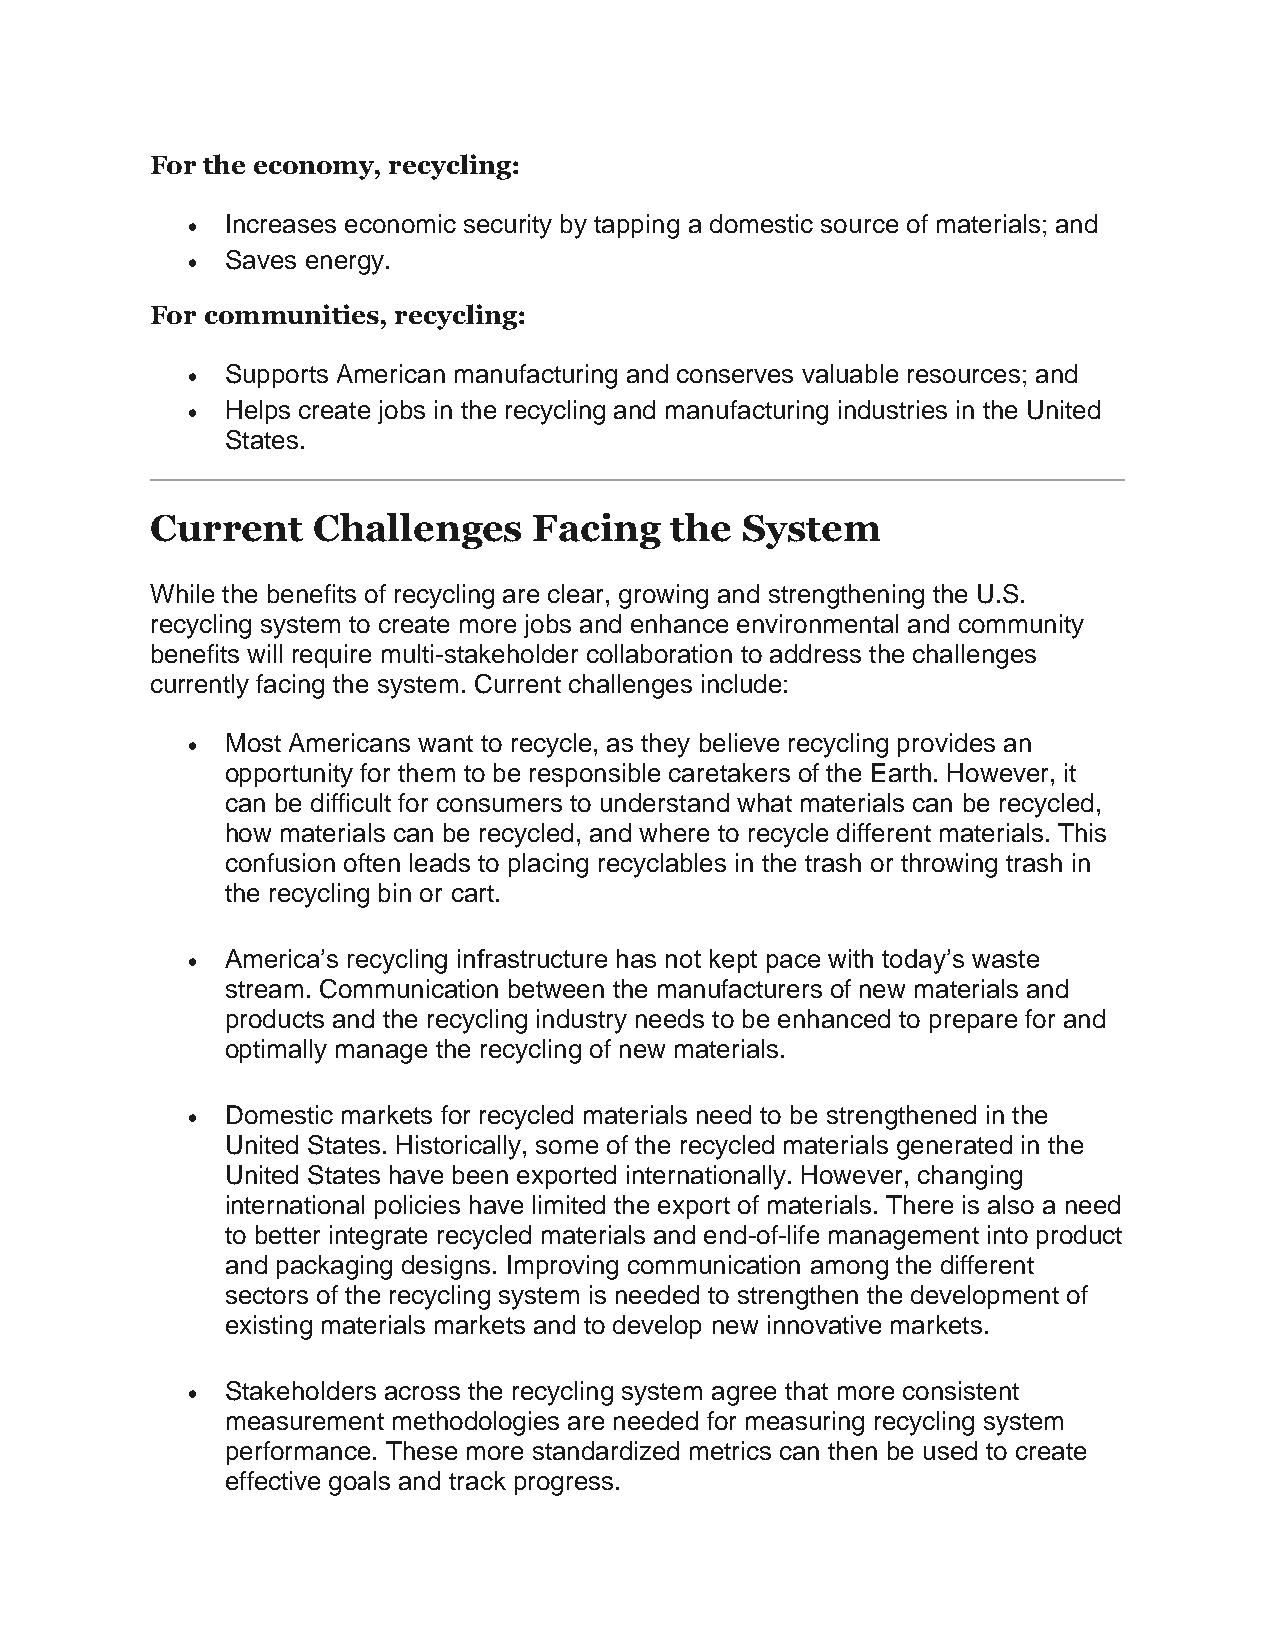
For the economy, recycling:
   Increases economic security by tapping a domestic source of materials; and
   Saves energy.
 For communities, recycling:
   Supports American manufacturing and conserves valuable resources; and
   Helps create jobs in the recycling and manufacturing industries in the United
 States.
 Current    Challenges    Facing   the  System
 While the benefits of recycling are clear, growing and strengthening the U.S.
 recycling system to create more jobs and enhance environmental and community
 benefits will require multi-stakeholder collaboration to address the challenges
 currently facing the system. Current challenges include:
   Most Americans want to recycle, as they believe recycling provides an
 opportunity for them to be responsible caretakers of the Earth. However, it
 can be difficult for consumers to understand what materials can be recycled,
 how materials can be recycled, and where to recycle different materials. This
 confusion often leads to placing recyclables in the trash or throwing trash in
 the recycling bin or cart.
   America’s recycling infrastructure has not kept pace with today’s waste
 stream. Communication between the manufacturers of new materials and
 products and the recycling industry needs to be enhanced to prepare for and
 optimally manage the recycling of new materials.
   Domestic markets for recycled materials need to be strengthened in the
 United States. Historically, some of the recycled materials generated in the
 United States have been exported internationally. However, changing
 international policies have limited the export of materials. There is also a need
 to better integrate recycled materials and end-of-life management into product
 and packaging designs. Improving communication among the different
 sectors of the recycling system is needed to strengthen the development of
 existing materials markets and to develop new innovative markets.
   Stakeholders across the recycling system agree that more consistent
 measurement methodologies are needed for measuring recycling system
 performance. These more standardized metrics can then be used to create
 effective goals and track progress.